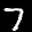
Digit: 7